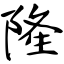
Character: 隆